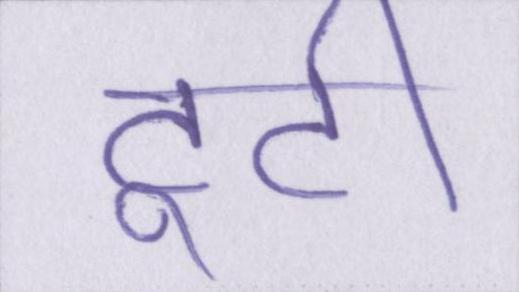
टूटी